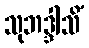
သုဘဒ္ဒါသိံ